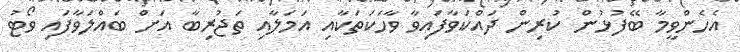
އެހެންވީމާ ބޭފުޅުން ކުރިން ދައްކަވާފައިވާ ވާހަކަތަކާއި އަމަލާއި ތަޖުރިބާ އަށް ބައްލަވާފައި ވޯޓު